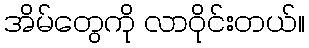
အိမ်တွေကို လာဝိုင်းတယ်။